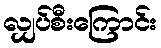
လျှပ်စီးကြောင်း